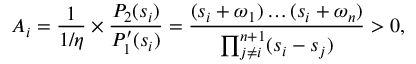
A _ { i } = \frac { 1 } { 1 / \eta } \times \frac { P _ { 2 } ( s _ { i } ) } { P _ { 1 } ^ { \prime } ( s _ { i } ) } = \frac { ( s _ { i } + \omega _ { 1 } ) \ldots ( s _ { i } + \omega _ { n } ) } { \prod _ { j \ne i } ^ { n + 1 } ( s _ { i } - s _ { j } ) } > 0 ,